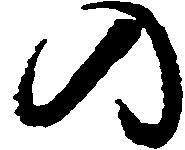
の